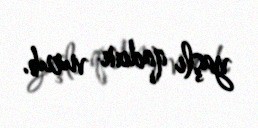
yaşlı qadını vurub.